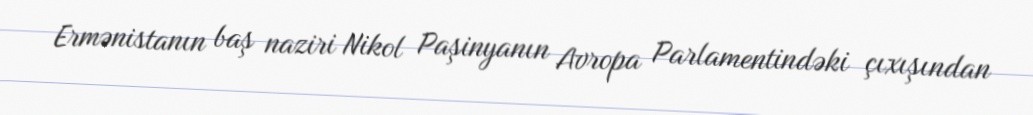
Ermənistanın baş naziri Nikol Paşinyanın Avropa Parlamentindəki çıxışından